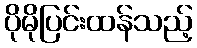
ပိုမိုပြင်းထန်သည့်